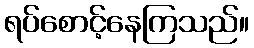
ရပ်စောင့်နေကြသည်။